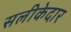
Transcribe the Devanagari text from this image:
सलीकेदार